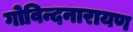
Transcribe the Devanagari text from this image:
गोविन्दनारायण